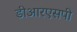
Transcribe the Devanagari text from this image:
डीआरएसपी